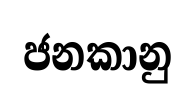
ජනකානු